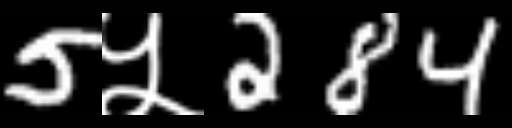
Text: 5५284